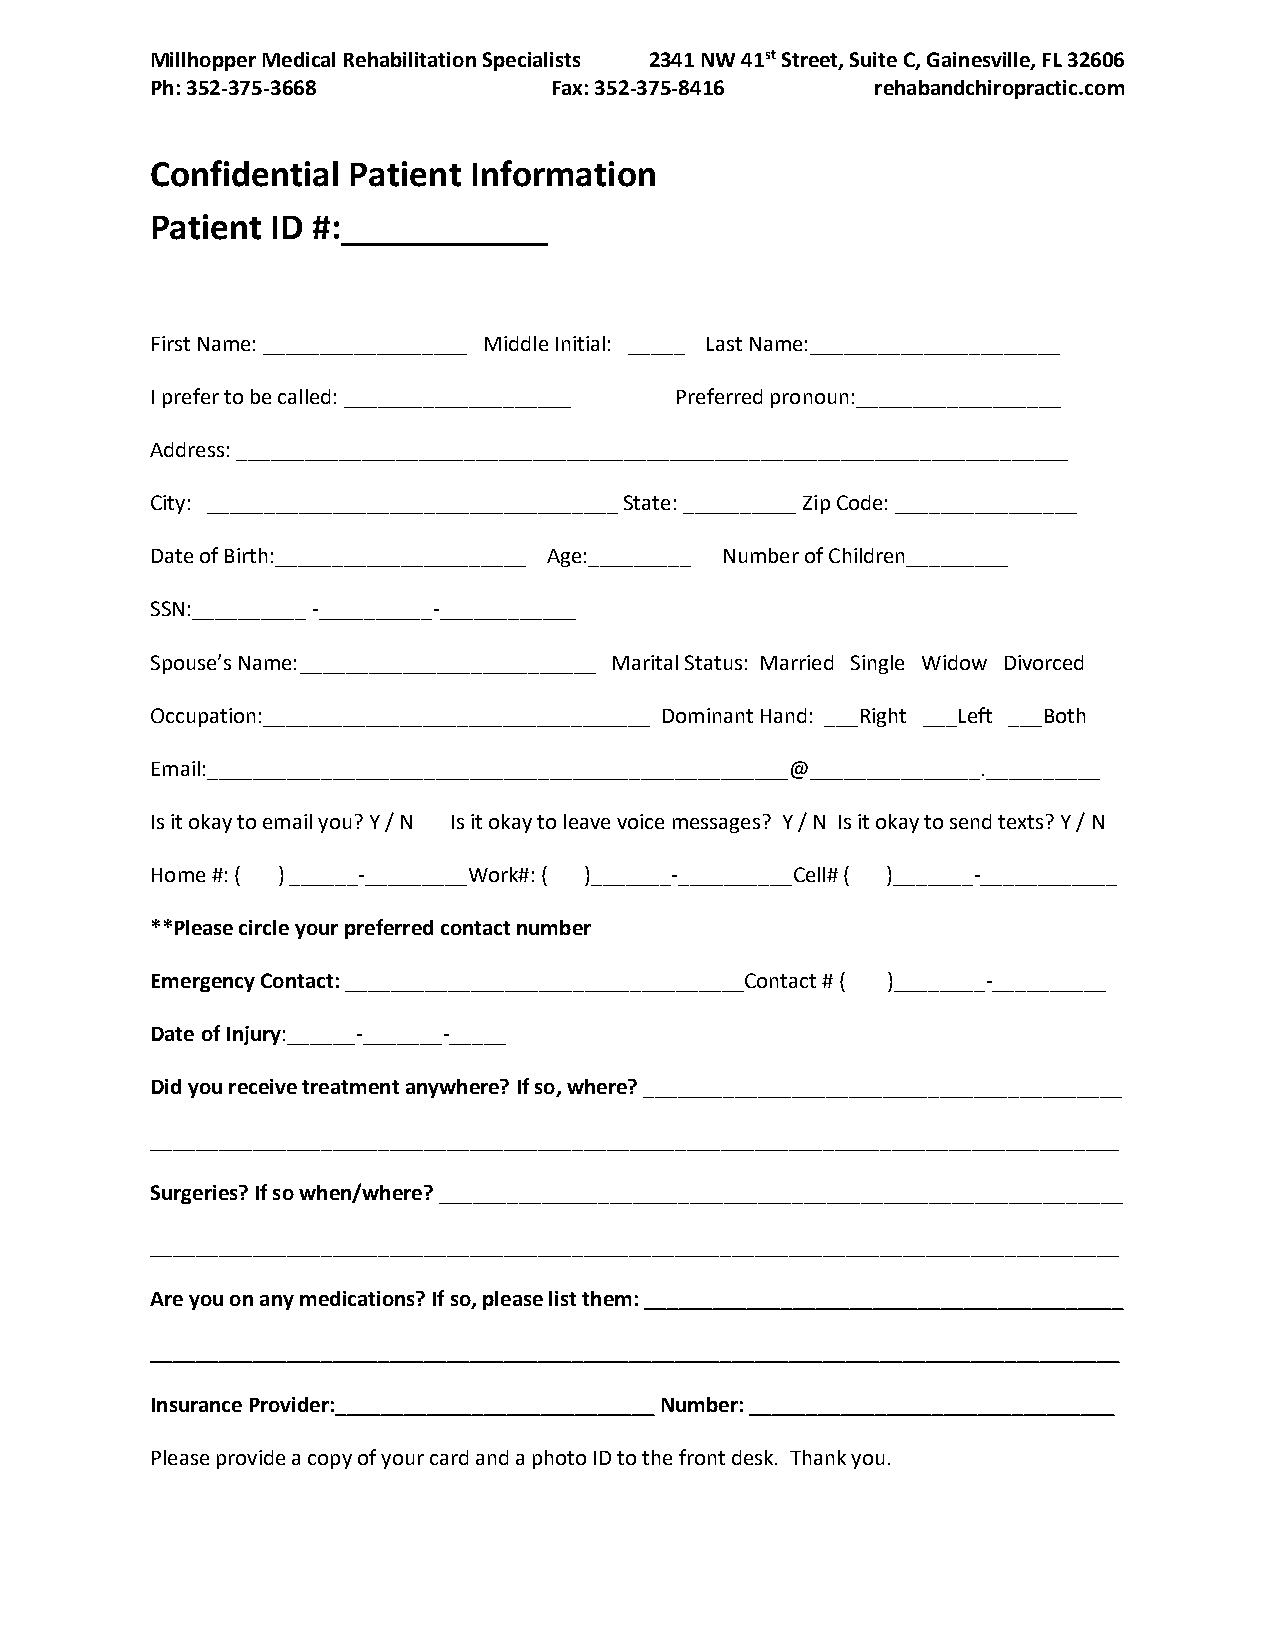
Millhopper Medical Rehabilitation Specialists 2341 NW 41st Street, Suite C, Gainesville, FL 32606
 Ph: 352-375-3668          Fax: 352-375-8416     rehabandchiropractic.com
 Confidential Patient Information
 Patient ID #:___________
 First Name: __________________ Middle Initial: _____ Last Name:______________________
 I prefer to be called: ____________________ Preferred pronoun:__________________
 Address: _________________________________________________________________________
 City: ____________________________________ State: __________ Zip Code: ________________
 Date of Birth:______________________ Age:_________ Number of Children_________
 SSN:__________ -__________-____________
 Spouse’s Name: __________________________ Marital Status: Married Single Widow Divorced
 Occupation:__________________________________ Dominant Hand: ___Right ___Left ___Both
 Email:___________________________________________________@_______________.__________
 Is it okay to email you? Y / N Is it okay to leave voice messages? Y / N Is it okay to send texts? Y / N
 Home #: ( ) ______-_________Work#: ( )_______-__________Cell# ( )_______-____________
 **Please circle your preferred contact number
 Emergency Contact: ___________________________________Contact # ( )________-__________
 Date of Injury:______-_______-_____
 Did you receive treatment anywhere? If so, where? __________________________________________
 _____________________________________________________________________________________
 Surgeries? If so when/where? ____________________________________________________________
 _____________________________________________________________________________________
 Are you on any medications? If so, please list them: __________________________________________
 _____________________________________________________________________________________
 Insurance Provider:____________________________ Number: ________________________________
 Please provide a copy of your card and a photo ID to the front desk. Thank you.